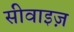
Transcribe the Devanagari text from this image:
सीवाइज़